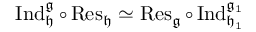
\operatorname { I n d } _ { \mathfrak { h } } ^ { \mathfrak { g } } \circ \operatorname { R e s } _ { \mathfrak { h } } \simeq \operatorname { R e s } _ { \mathfrak { g } } \circ \operatorname { I n d } _ { \mathfrak { h _ { 1 } } } ^ { \mathfrak { g _ { 1 } } }